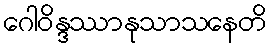
ဂေါဝိန္ဒဿာနုသာသနေတိ